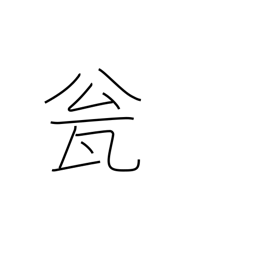
Meaning: jug